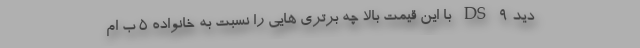
دید DS 9 با این قیمت بالا چه برتری هایی را نسبت به خانواده 5 ب ام